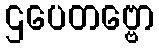
ဌပေတဗ္ဗော